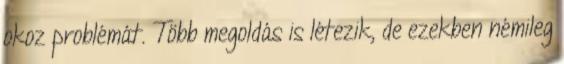
okoz problémát. Több megoldás is létezik, de ezekben némileg